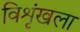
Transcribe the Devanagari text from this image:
विशृंखला